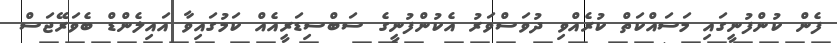
ފެން ކުންފުނީގައި މަސައްކަތް ކުރެއްވި ދުވަސްވަރު އެކުންފުނީގެ ސަބްސިޑަރީއެއް ކަމުގައިވާ އައިލެންޑް ބެވަރޭޖަސް